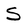
Character: S